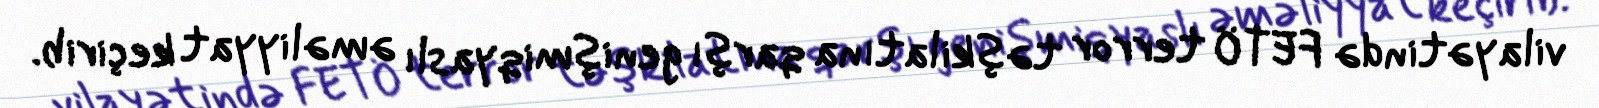
vilayətində FETÖ terror təşkilatına qarşı genişmiqyaslı əməliyyat keçirib.